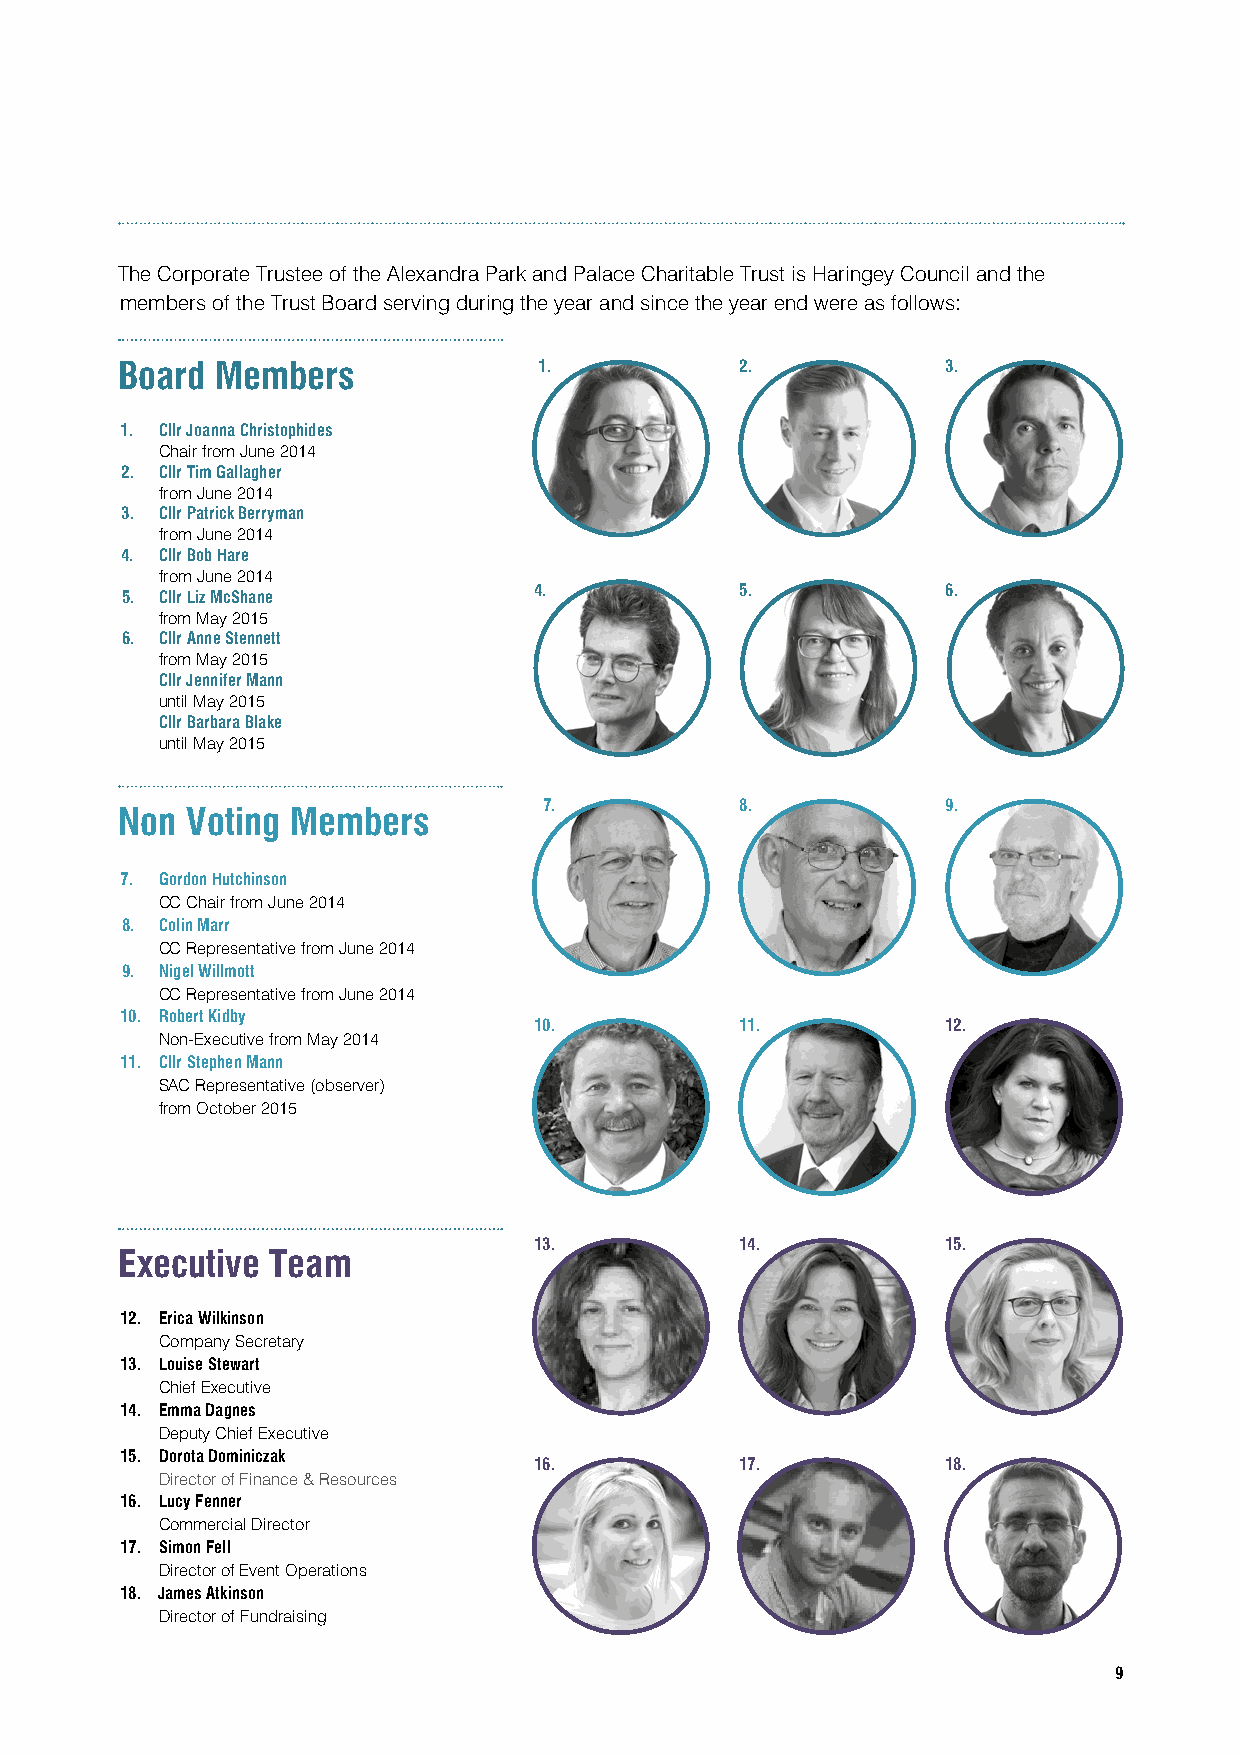
The Corporate Trustee of the Alexandra Park and Palace Charitable Trust is Haringey Council and the
 members of the Trust Board serving during the year and since the year end were as follows:
 Board Members               1.           2.            3.
 1. Cllr Joanna Christophides
 Chair from June 2014
 2. Cllr Tim Gallagher
 from June 2014
 3. Cllr Patrick Berryman
 from June 2014
 4. Cllr Bob Hare
 from June 2014
 4.            5.            6.
 5. Cllr Liz McShane
 from May 2015
 6. Cllr Anne Stennett
 from May 2015
 Cllr Jennifer Mann
 until May 2015
 Cllr Barbara Blake
 until May 2015
 7.           8.            9.
 Non Voting Members
 7. Gordon Hutchinson
 CC Chair from June 2014
 8. Colin Marr
 CC Representative from June 2014
 9. Nigel Willmott
 CC Representative from June 2014
 10. Robert Kidby
 10.           11.           12.
 Non-Executive from May 2014
 11. Cllr Stephen Mann
 SAC Representative (observer)
 from October 2015
 13.           14.           15.
 Executive Team
 12. Erica Wilkinson
 Company Secretary
 13. Louise Stewart
 Chief Executive
 14. Emma Dagnes
 Deputy Chief Executive
 15. Dorota Dominiczak
 16.           17.           18.
 Director of Finance & Resources
 16. Lucy Fenner
 Commercial Director
 17. Simon Fell
 Director of Event Operations
 18. James Atkinson
 Director of Fundraising
 9